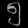
Digit: ၅